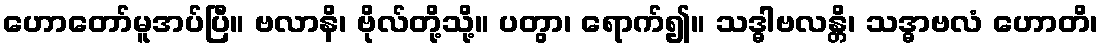
ဟောတော်မူအပ်ပြီ။ ဗလာနိ၊ ဗိုလ်တို့သို့။ ပတွာ၊ ရောက်၍။ သဒ္ဓါဗလန္တိ၊ သဒ္ဓာဗလံ ဟောတိ၊